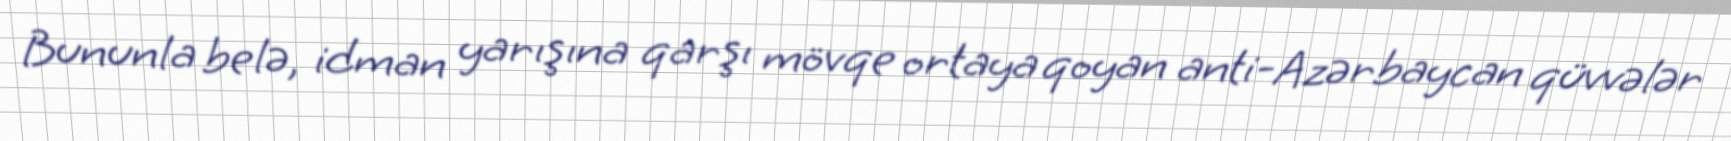
Bununla belə, idman yarışına qarşı mövqe ortaya qoyan anti-Azərbaycan qüvvələr